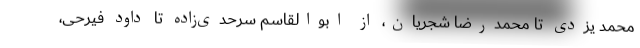
محمد یزدی تا محمدرضا شجریان، از ابوالقاسم سرحدی‌زاده تا داود فیرحی،